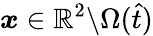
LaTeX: \boldsymbol{x}\in\mathbb{R}^{2}\backslash\Omega(\hat{t})